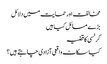
مخالفت اور حمایت میں دلائل
بڑے مسائل کیا ہیں
کرنسی کا قضیہ
کیا سکاٹ واقعی آزادی چاہتے ہیں؟